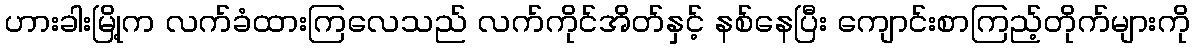
ဟားခါးမြို့က လက်ခံထားကြလေသည် လက်ကိုင်အိတ်နှင့် နစ်နေပြီး ကျောင်းစာကြည့်တိုက်များကို